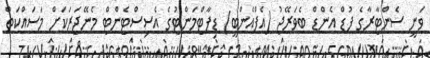
ވަނީ ސެންޓާރާގެ ފުޑް އެންޑް ބެވަރޭޖު (އެފްއެންބީ) ޑިޕާޓްމަންޓުގެ އެސިސްޓެންޓް މެނޭޖަރަކަށް މަސައްކަތް